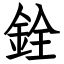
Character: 銓